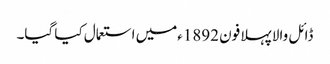
ڈائل والا پہلا فون 1892ءمیں استعمال کیا گیا۔